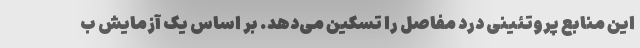
این منابع پروتئینی درد مفاصل را تسکین می‌دهد. بر اساس یک آزمایش ب